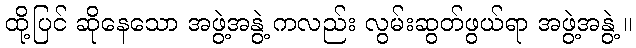
ထို့ပြင် ဆိုနေသော အဖွဲ့အနွဲ့ ကလည်း လွမ်းဆွတ်ဖွယ်ရာ အဖွဲ့အနွဲ့ ။